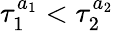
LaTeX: \tau_{1}^{a_{1}}<\tau_{2}^{a_{2}}